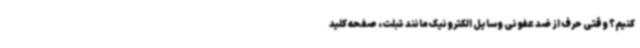
کنیم؟ وقتی حرف از ضد عفونی وسایل الکترونیک مانند تبلت، صفحه کلید